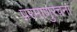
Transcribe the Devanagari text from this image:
परमाणुरचना